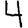
Digit: 4